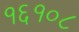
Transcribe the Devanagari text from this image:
१६१०८